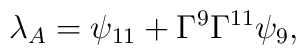
{\lambda_{A}=\psi_{11}+\Gamma^9\Gamma^{11}\psi_9,}